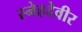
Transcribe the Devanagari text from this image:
स्नेहदेवीर